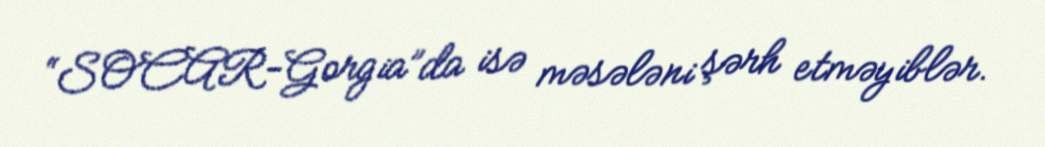
“SOCAR-Gorgia”da isə məsələni şərh etməyiblər.